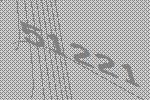
51221